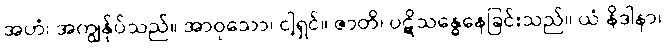
အဟံ၊ အကျွန်ုပ်သည်။ အာဝုသော၊ ငါ့ရှင်။ ဇာတိ၊ ပဋိသန္ဓေနေခြင်းသည်။ ယံ နိဒါနာ၊